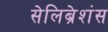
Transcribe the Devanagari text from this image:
सेलिब्रेशंस